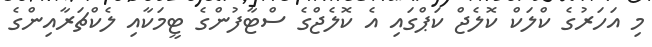
މި އަހަރުގެ ކްލަކް ކޮލެޖް ކަޕްގައި އެ ކޮލެޖްގެ ސްޓާފުންގެ ޓީމަކާއި ލެކްޗަރާއިންގެ